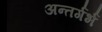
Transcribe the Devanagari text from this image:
अन्तर्गर्भ